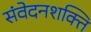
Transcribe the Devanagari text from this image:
संवेदनशक्ति